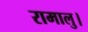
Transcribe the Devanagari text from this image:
रामालु।